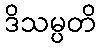
ဒိသမ္ပတိ